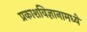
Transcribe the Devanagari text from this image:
प्रकाशविज्ञानामध्ये